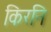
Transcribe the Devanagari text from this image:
किरनि